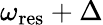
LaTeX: \omega_{\mathrm{res}}+\Delta